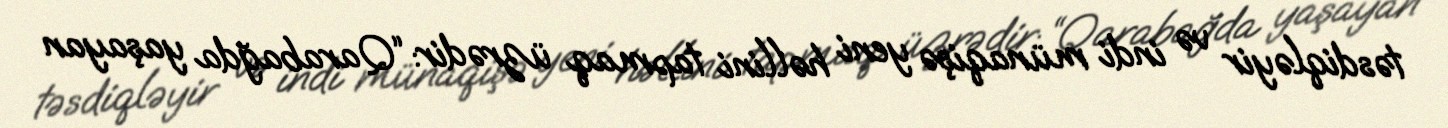
təsdiqləyir və indi münaqişə yeni həllini tapmaq üzrədir: “Qarabağda yaşayan